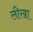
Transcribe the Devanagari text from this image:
लीखा